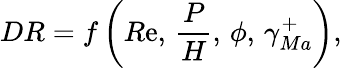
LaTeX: {DR}=f\left({R\mathrm{e}},\, \frac{{P}}{{H}},\, \phi,\, \gamma_{Ma}^{+}\right),